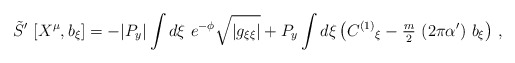
\begin{align*}\tilde{S}^{\prime}\ [X^{\mu},b_{\xi}] =-|P_{y}| \int d\xi\ e^{-\phi} \sqrt{|g_{\xi\xi}|} +P_{y}\int d\xi \left(C^{(1)}{}_{\xi} -{\textstyle\frac{m}{2}}\ (2\pi\alpha^{\prime})\ b_{\xi}\right) \, ,\end{align*}